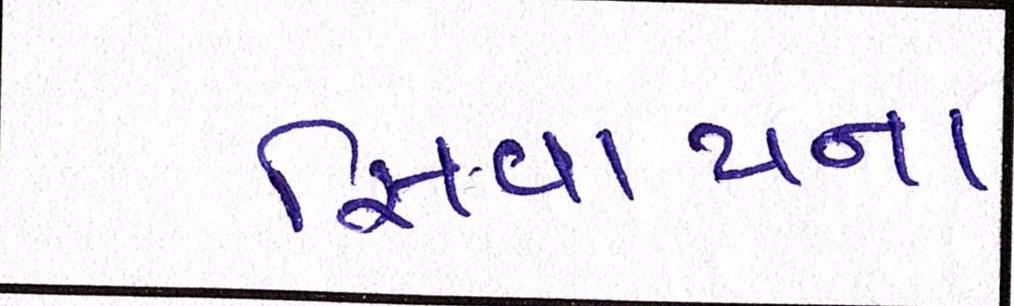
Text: સિવાયના